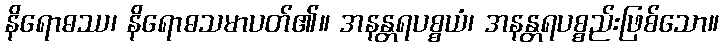
နိရောဓဿ၊ နိရောဓသမာပတ်၏။ အနန္တရပစ္စယံ၊ အနန္တရပစ္စည်းဖြစ်သော။